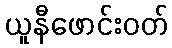
ယူနီဖောင်းဝတ်